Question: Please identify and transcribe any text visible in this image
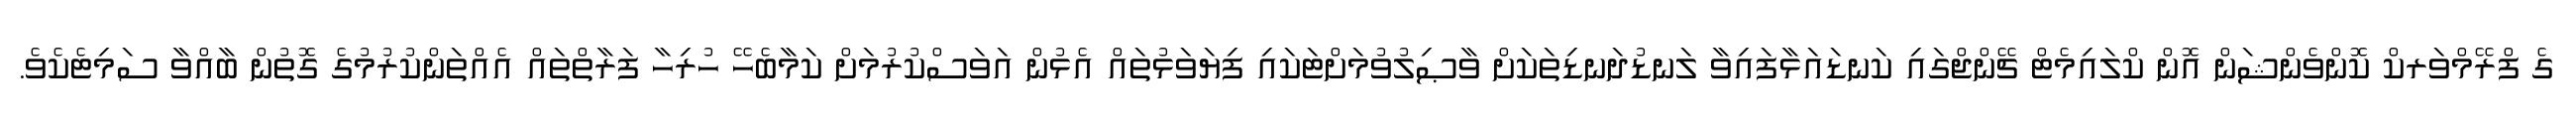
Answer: ގެ ފްރޭމްވަރކް ކޮންވެންޝަން އޮން ކްލައިމެޓް ޗޭންޖްގައި ކަނޑައަޅާފައިވާ ލަނޑުދަނޑިތަކަށް ވާޞިލުވުމަށްޓަކައި ފިޔަވަޅުތައް އެޅުން އަވަސްކުރުމަށް ކަމާބެހޭ ހުރިހާ ފަރާތްތައް އެއްތަންކުރުމުގެ ގޮތުން ބާއްވާ ސަމިޓެކެވެ.